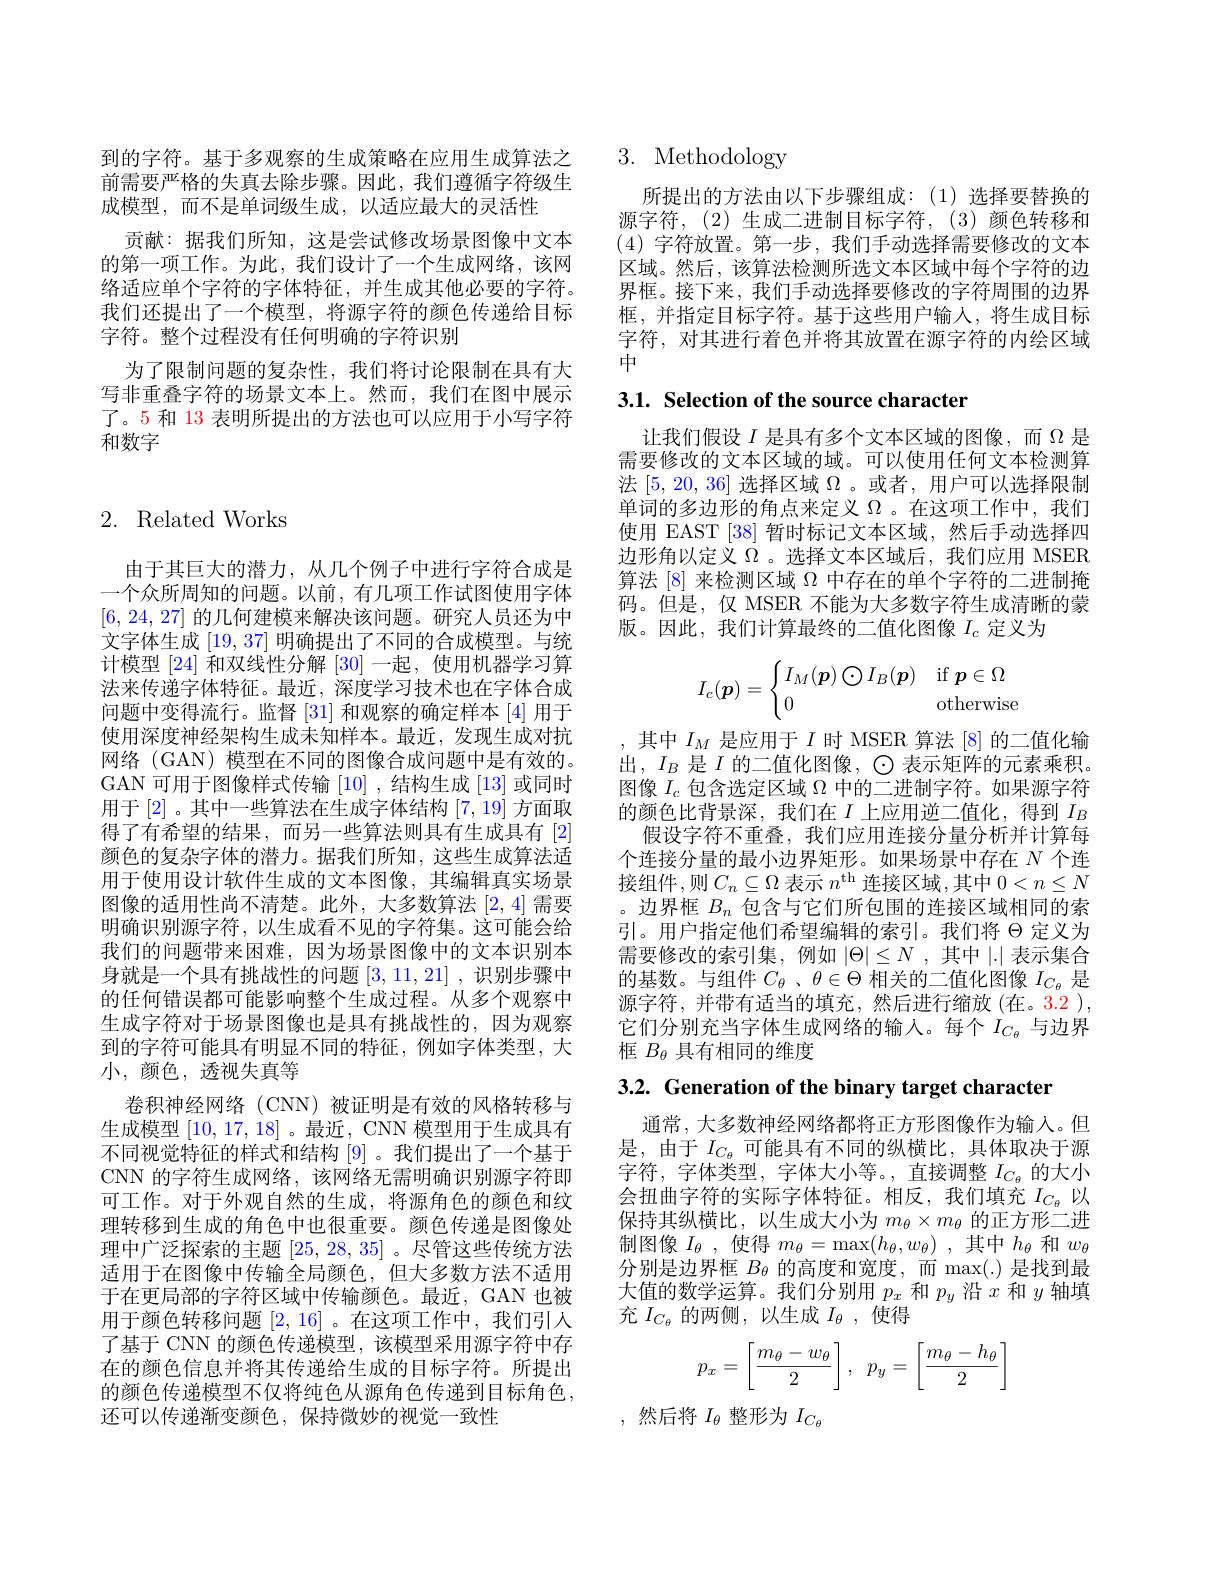
到的字符。基于多观察的生成策略在应用生成算法之前需要严格的失真去除步骤。因此，我们遵循字符级生成模型，而不是单词级生成，以适应最大的灵活性
贡献：据我们所知，这是尝试修改场景图像中文本的第一项工作。为此，我们设计了一个生成网络，该网络适应单个字符的字体特征，并生成其他必要的字符。我们还提出了一个模型，将源字符的颜色传递给目标字符。整个过程没有任何明确的字符识别
为了限制问题的复杂性，我们将讨论限制在具有大写非重叠字符的场景文本上。然而，我们在图中展示了。5 和 13 表明所提出的方法也可以应用于小写字符和数字

# 2. Related Works

由于其巨大的潜力，从几个例子中进行字符合成是一个众所周知的问题。以前，有几项工作试图使用字体[6,24,27]的几何建模来解决该问题。研究人员还为中文字体生成[19,37]明确提出了不同的合成模型。与统计模型 [24] 和双线性分解[30]一起，使用机器学习算法来传递字体特征。最近，深度学习技术也在字体合成问题中变得流行。监督[31]和观察的确定样本 [4] 用于使用深度神经架构生成未知样本。最近，发现生成对抗网络 (GAN) 模型在不同的图像合成问题中是有效的。GAN 可用于图像样式传输[10] ,结构生成[13]或同时用于 [2] 。其中一些算法在生成字体结构[7,19]方面取得了有希望的结果，而另一些算法则具有生成具有[2] 颜色的复杂字体的潜力。据我们所知，这些生成算法适用于使用设计软件生成的文本图像，其编辑真实场景图像的适用性尚不清楚。此外，大多数算法[2,4]需要明确识别源字符，以生成看不见的字符集。这可能会给我们的问题带来困难，因为场景图像中的文本识别本身就是一个具有挑战性的问题[3,11,21] ,识别步骤中的任何错误都可能影响整个生成过程。从多个观察中生成字符对于场景图像也是具有挑战性的，因为观察到的字符可能具有明显不同的特征，例如字体类型，大小，颜色，透视失真等
卷积神经网络(CNN)被证明是有效的风格转移与生成模型[10,17,18] 。最近，CNN 模型用于生成具有不同视觉特征的样式和结构[9]。我们提出了一个基于CNN 的字符生成网络，该网络无需明确识别源字符即可工作。对于外观自然的生成，将源角色的颜色和纹理转移到生成的角色中也很重要。颜色传递是图像处理中广泛探索的主题[25,28,35]。尽管这些传统方法适用于在图像中传输全局颜色，但大多数方法不适用于在更局部的字符区域中传输颜色。最近，GAN 也被用于颜色转移问题[2,16] 。在这项工作中，我们引人了基于 CNN 的颜色传递模型，该模型采用源字符中存在的颜色信息并将其传递给生成的目标字符。所提出的颜色传递模型不仅将纯色从源角色传递到目标角色， 还可以传递渐变颜色，保持微妙的视觉一致性

# 3. Methodology

所提出的方法由以下步骤组成：(1)选择要替换的源字符，(2)生成二进制目标字符，(3)颜色转移和(4)字符放置。第一步，我们手动选择需要修改的文本区域。然后，该算法检测所选文本区域中每个字符的边界框。接下来，我们手动选择要修改的字符周围的边界框，并指定目标字符。基于这些用户输人，将生成目标字符，对其进行着色并将其放置在源字符的内绘区域中

3.1. Selection of the source character

让我们假设$I$是具有多个文本区域的图像，而$\Omega$是需要修改的文本区域的域。可以使用任何文本检测算法[5,20,36]选择区域$\Omega$ 。或者，用户可以选择限制单词的多边形的角点来定义$\Omega$ 。在这项工作中，我们使用 EAST [38]暂时标记文本区域，然后手动选择四边形角以定义$\Omega$ 。选择文本区域后，我们应用 MSER 算法 [8] 来检测区域$\Omega$中存在的单个字符的二进制掩码。但是，仅 MSER 不能为大多数字符生成清晰的蒙版。因此，我们计算最终的二值化图像$I_c$定义为
$$I_c(\boldsymbol p)=\begin{cases}I_M(\boldsymbol p)\bigodot I_B(\boldsymbol p)&\text{if}\boldsymbol p\in\Omega\\0&\text{otherwise}\end{cases}$$
,其中$I_M$是应用于$I$时 MSER 算法 [8] 的二值化输出$,I_B$是$I$的二值化图像，$\odot$表示矩阵的元素乘积。图像$I_c$包含选定区域$\Omega$中的二进制字符。如果源字符的颜色比背景深，我们在$I$上应用逆二值化，得到$I_B$
假设字符不重叠，我们应用连接分量分析并计算每个连接分量的最小边界矩形。如果场景中存在$N$个连接组件，则$C_n\subseteq\Omega$ 表示 $n^\mathrm{th}$ 连接区域，其中 $0<n\leq N$ 。边界框$B_n$包含与它们所包围的连接区域相同的索引。用户指定他们希望编辑的索引。我们将$\Theta$定义为需要修改的索引集，例如$|\Theta|\leq N$ ,其中|.|表示集合的基数。与组件$C_\theta$ 、$\theta\in\Theta$相关的二值化图像$I_{C_\theta}$是源字符，并带有适当的填充，然后进行缩放(在。3.2 ), 它们分别充当字体生成网络的输入。每个$I_{C_\theta}$与边界框$B_\theta$具有相同的维度

3.2. Generation of the binary target character

通常，大多数神经网络都将正方形图像作为输入。但是，由于$I_{C_\theta}$可能具有不同的纵横比，具体取决于源字符，字体类型，字体大小等。,直接调整$I_C_{\theta}$的大小会扭曲字符的实际字体特征。相反，我们填充$I_{C_\theta}$以保持其纵横比，以生成大小为$m_\theta\times m_\theta$的正方形二进制图像$I_\theta$ ,使得$m_\theta=\max(h_\theta,w_\theta)$ ,其中$h_\theta$和$w_\theta$ 分别是边界框$B_\theta$的高度和宽度，而 max(.)是找到最大值的数学运算。我们分别用$p_x$和$p_y$沿$x$和$y$轴填充$I_{C_{\theta}}$的两侧，以生成$I_{\theta}$,使得
$$p_x=\left[\dfrac{m_\theta-w_\theta}{2}\right],\:p_y=\left[\dfrac{m_\theta-h_\theta}{2}\right]$$
,然后将$I_\theta$整形为$I_C_{\theta}$